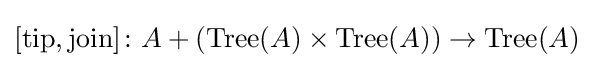
[\mathrm {tip} ,\mathrm {join} ]\colon A+(\mathrm {Tree} (A)\times \mathrm {Tree} (A))\to \mathrm {Tree} (A)